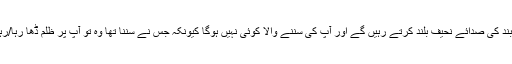
بند ہی بند کی صدائے نحیف بلند کرتے رہیں گے اور آپ کی سننے والا کوئی نہیں ہوگا کیونکہ جس نے سننا تھا وہ تو آپ پر ظلم ڈھا رہا/رہی ہے۔